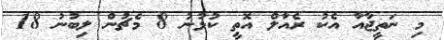
މި ނަތީޖާއާ އެކު ރެއާލް އޮތީ ކުޅުނު 8 މެޗުން ލިބުނު 18